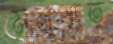
মনুষ্যত্ব